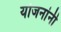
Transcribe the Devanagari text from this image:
योजनांनी